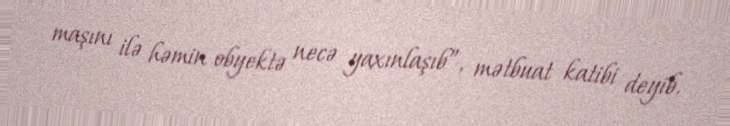
maşını ilə həmin obyektə necə yaxınlaşıb”, mətbuat katibi deyib.